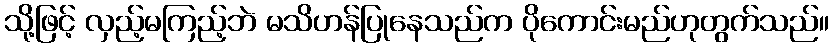
သို့ဖြင့် လှည့်မကြည့်ဘဲ မသိဟန်ပြုနေသည်က ပိုကောင်းမည်ဟုတွက်သည်။